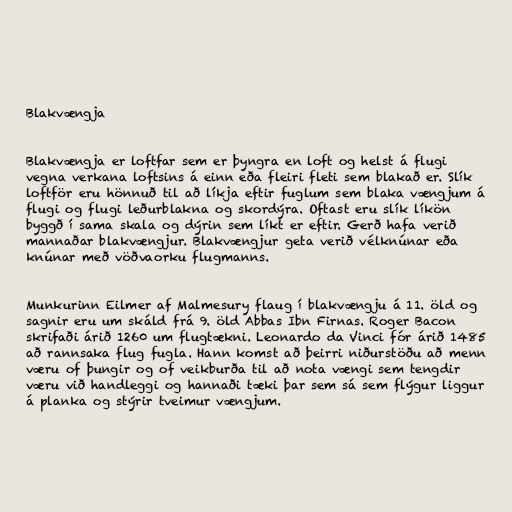
Blakvængja

Blakvængja er loftfar sem er þyngra en loft og helst á flugi
vegna verkana loftsins á einn eða fleiri fleti sem blakað er. Slík
loftför eru hönnuð til að líkja eftir fuglum sem blaka vængjum á
flugi og flugi leðurblakna og skordýra. Oftast eru slík líkön
byggð í sama skala og dýrin sem líkt er eftir. Gerð hafa verið
mannaðar blakvængjur. Blakvængjur geta verið vélknúnar eða
knúnar með vöðvaorku flugmanns.

Munkurinn Eilmer af Malmesury flaug í blakvængju á 11. öld og
sagnir eru um skáld frá 9. öld Abbas Ibn Firnas. Roger Bacon
skrifaði árið 1260 um flugtækni. Leonardo da Vinci fór árið 1485
að rannsaka flug fugla. Hann komst að þeirri niðurstöðu að menn
væru of þungir og of veikburða til að nota vængi sem tengdir
væru við handleggi og hannaði tæki þar sem sá sem flýgur liggur
á planka og stýrir tveimur vængjum.